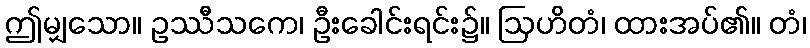
ဤမျှသော။ ဥဿီသကေ၊ ဦးခေါင်းရင်း၌။ ဩဟိတံ၊ ထားအပ်၏။ တံ၊